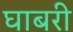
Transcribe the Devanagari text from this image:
घाबरी